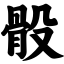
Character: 骰